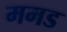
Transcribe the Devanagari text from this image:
ममड